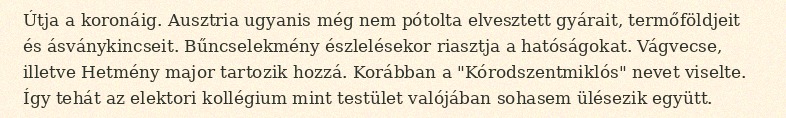
Útja a koronáig. Ausztria ugyanis még nem pótolta elvesztett gyárait, termőföldjeit és ásványkincseit. Bűncselekmény észlelésekor riasztja a hatóságokat. Vágvecse, illetve Hetmény major tartozik hozzá. Korábban a "Kórodszentmiklós" nevet viselte. Így tehát az elektori kollégium mint testület valójában sohasem ülésezik együtt.